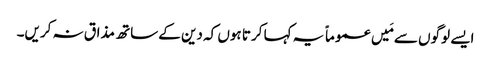
ایسے لوگوں سے مَیں عموماً یہ کہا کرتا ہوں کہ دین کے ساتھ مذاق نہ کریں۔